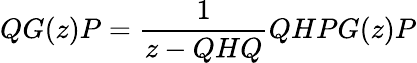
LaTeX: QG(z)P=\frac{1}{z-QHQ}QHPG(z)P